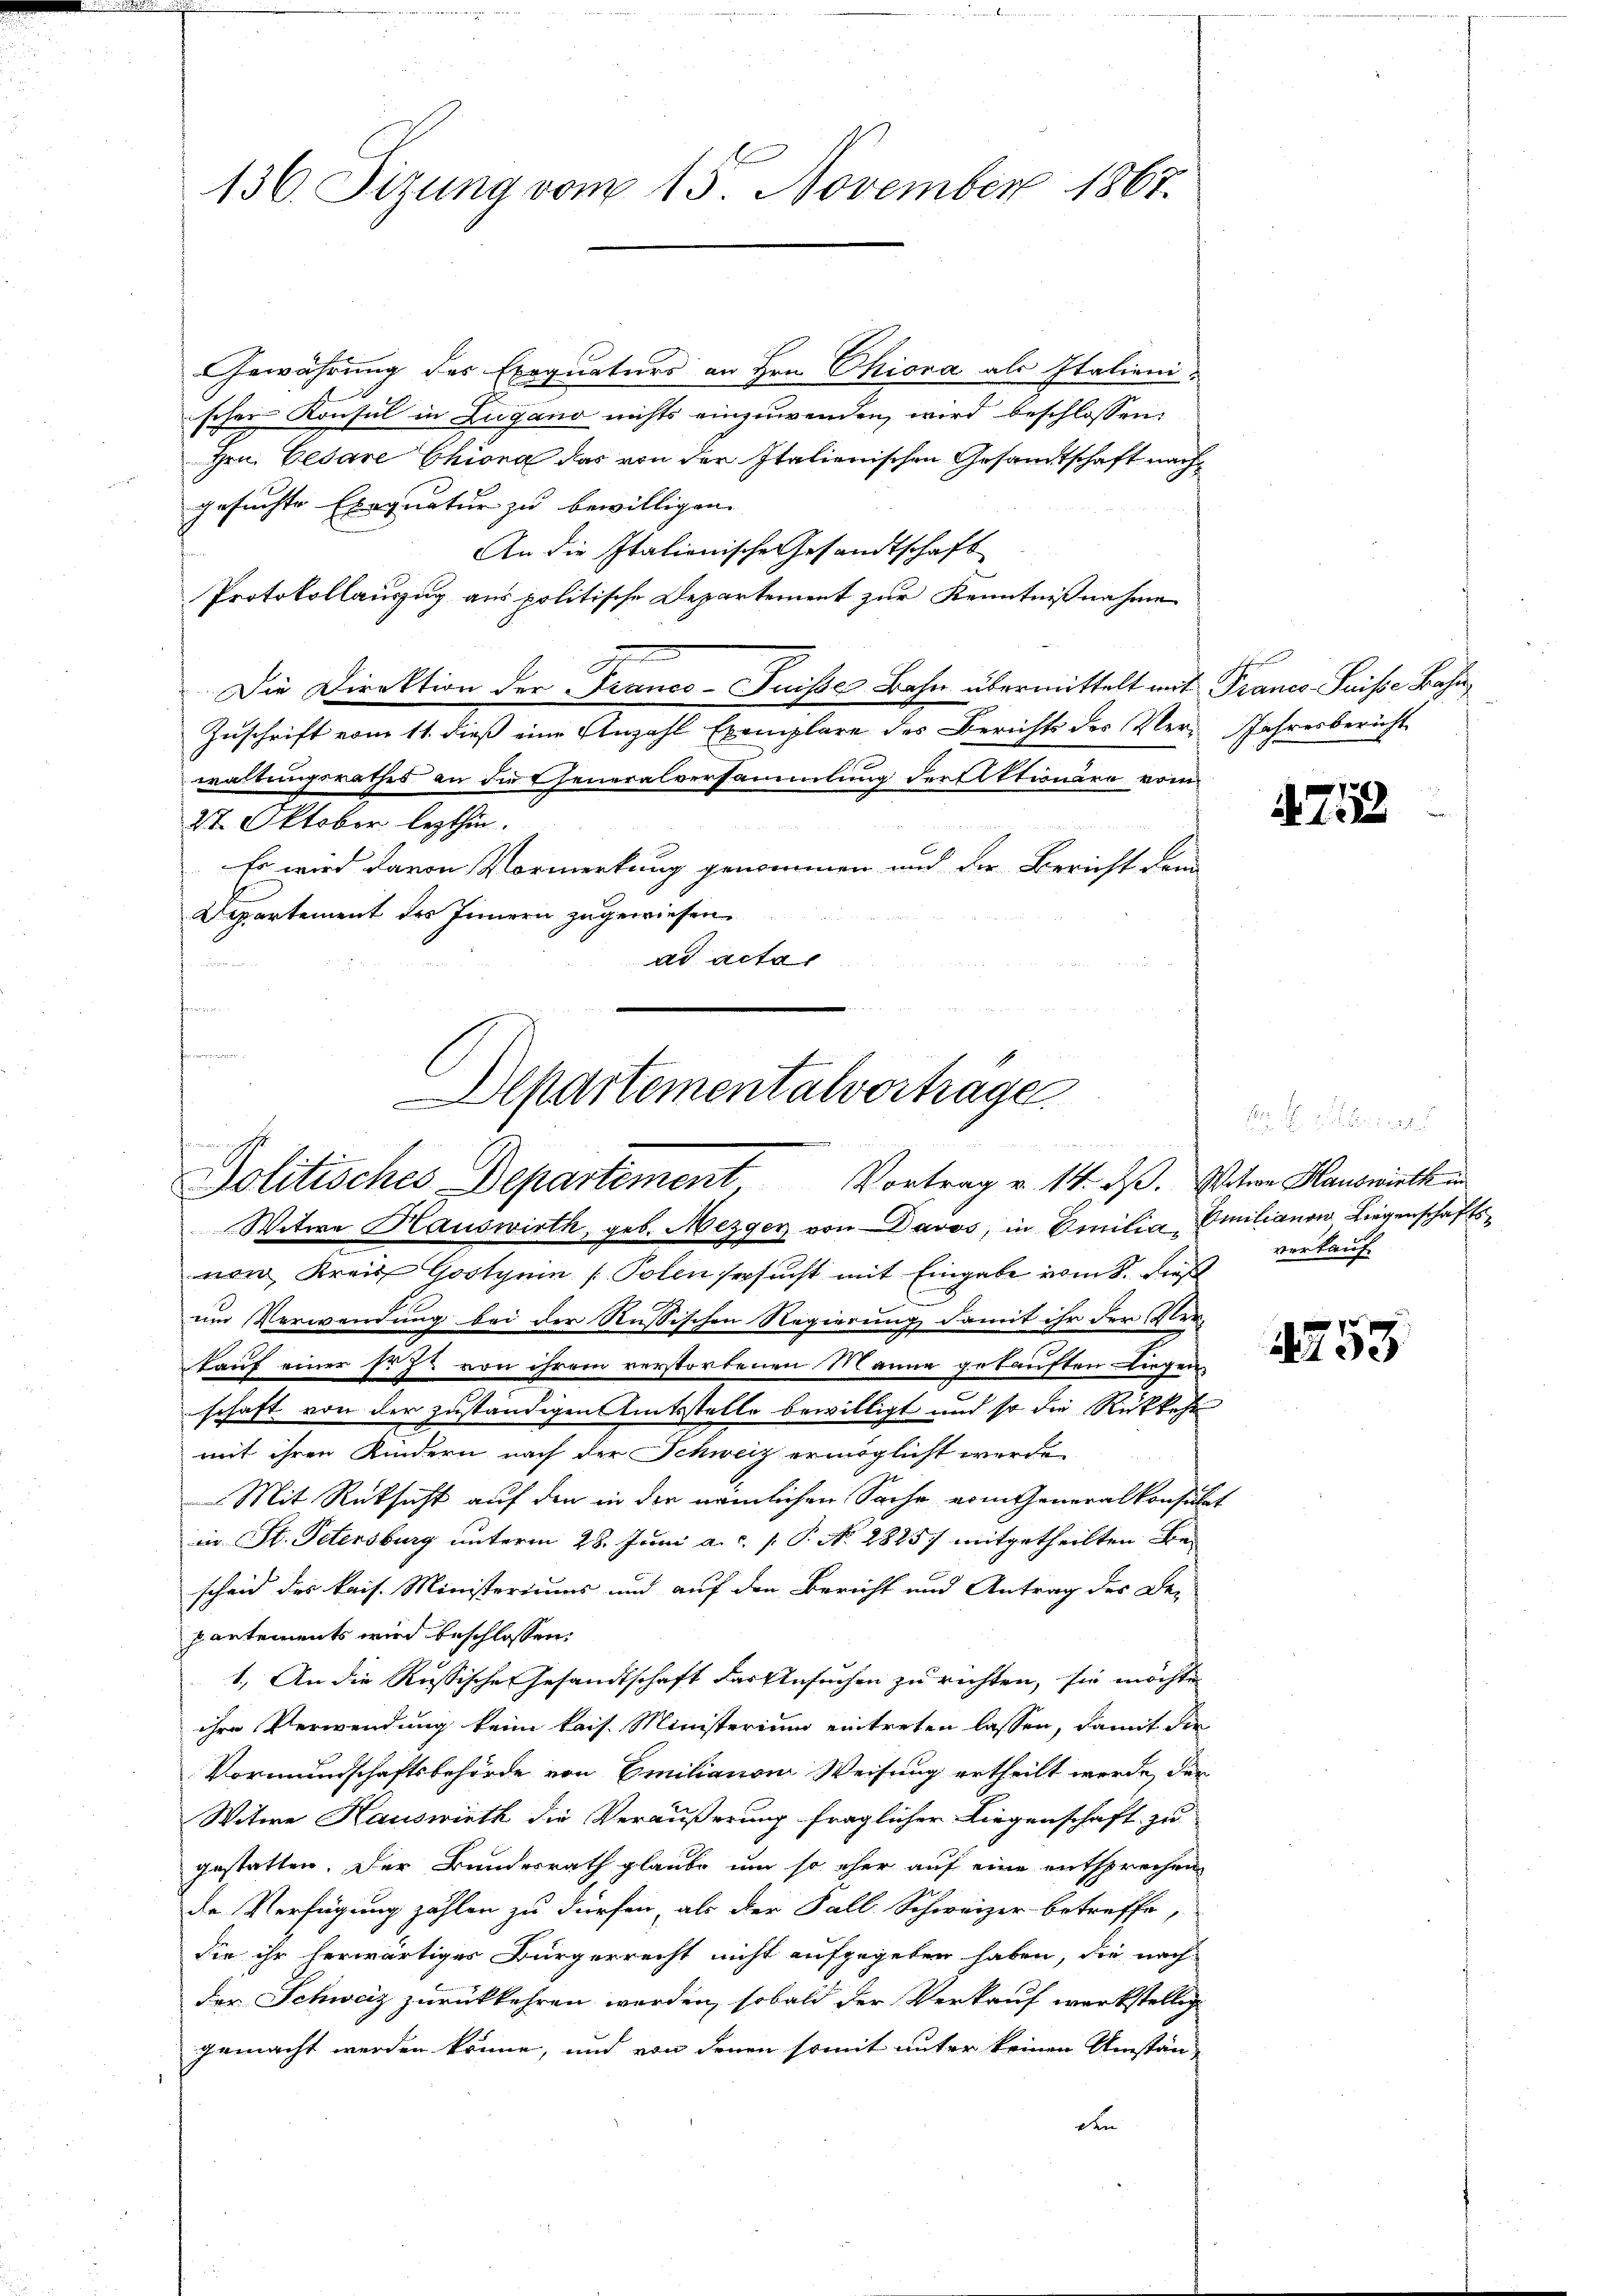
136. Sizung vom 15. November 1867.

Gewährung des Exequaturs an Hrn. Ohiona als Italienischer Konsul in Lugano nichts einzuwenden, wird beschlossen:
Hrn. Cesare Chiona das von der Italienischen Gesandtschaft nachgesuchte Exequatur zu bewilligen.
An die Italienische Gesandtschaft
Protokollauszug aus politische Departement zur Kenntnißnahme
Die Direktion der Franco- Puisses Bahn übermittelt mit Francs Suisse Bahn
Zuschrift vom 11. dieß eine Anzahl Exemplare des Berichts des Ver- Jahresbericht
waltungsrathes an die Eheneralversammlung der Aktionäre vom
27. Oktober lezthin.
Es wird davon Vormerkung genommen und der Bericht dem
Departement des Innern zugewiesen.
ad actar
.
fa
formen.

Departementalvertrage
t
Politisches Departement, Vortrag v. 14. ds. sation Hauswirth in

Witwe Hauswirth, geb. Mezger von Davos, in Emilia, Emilianow Liegenschafts-
von Kreis Gossynin (Polen ersucht mit Eingabe vom 8. Dies
um Verwendung bei der Russischen Regierung damit ihr der Verkauf einer sezt von ihrem verstorbenen Manne getauften Liegen
schaft von der zuständigen Amtsstelle bewilligt und so die Rückkehr
mit ihren Kindern nach der Schweiz ermöglicht werde
 Mit Rüksicht auf den in der nämlichen Sache vom Generalkonsulat
in St. Petersburg unterm 28. Juni a.c. s. S. No. 28257 mitgetheilten Be-
scheid des kais. Ministeriums und auf den Bericht und Antrag des De-
partements wird beschlossen:
1. An die Russische Gesandtschaft das Ansuchen zu rechten, sie möchte
ihre Verwendung keine kais. Ministerium eintreten lassen, damit die
Vormundschaftsbehörde von Emilianons Weisung ertheilt werde, der
Witwe Hauswirth die Veräußerung fraglicher Liegenschaft zu
gestatten. Der Bundesrath glaube um so eher auf eine entsprechen
de Verfügung zählen zu dürfen, als der Fall Schweizer betreffe,
die ihr herwärtiges Bürgerrecht nicht aufgegeben haben, die nach
der Schweiz zurückkehren worden, sobald der Verkauf werkstellig
gemacht werden könne, und von denen somit unter keinen Umstän-
den

475

r
verkauf

1253